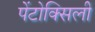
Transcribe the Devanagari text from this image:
पेंटोक्सिली